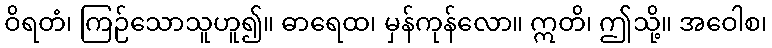
ဝိရတံ၊ ကြဉ်သောသူဟူ၍။ ဓာရေထ၊ မှန်ကုန်လော။ ဣတိ၊ ဤသို့။ အဝေါစ၊